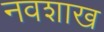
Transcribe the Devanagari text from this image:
नवशाख